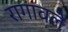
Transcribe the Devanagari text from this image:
रागावले